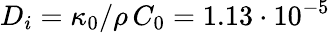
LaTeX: D_{i}=\kappa_{0}/\rho\, C_{0}=1.13\cdot{10}^{-5}